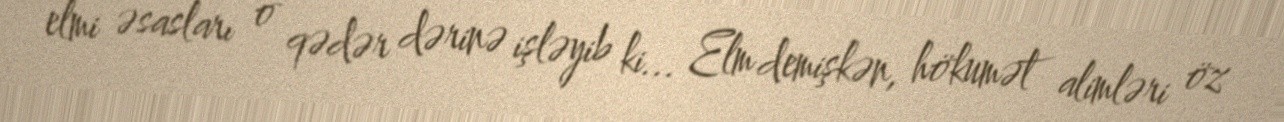
elmi əsasları o qədər dərinə işləyib ki... Elm demişkən, hökumət alimləri öz